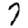
Digit: 7